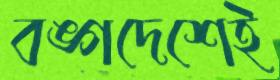
বঙ্গদেশেই